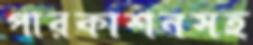
পারকাশনসহ